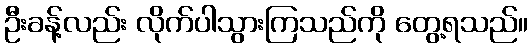
ဦးခန့်လည်း လိုက်ပါသွားကြသည်ကို တွေ့ရသည်။